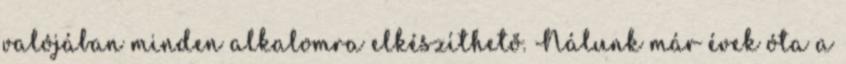
valójában minden alkalomra elkészíthető. Nálunk már évek óta a